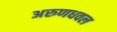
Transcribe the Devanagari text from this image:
अरुणधवल